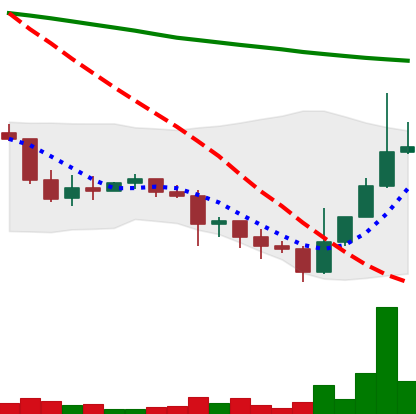
Ticker: DOGE-USD
Chart end date: 2022-01-15
Forward return: -16.153%
Label: down_7plus